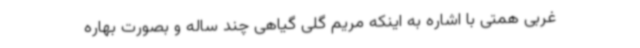
غربی همتی با اشاره به اینکه مریم گلی گیاهی چند ساله و بصورت بهاره